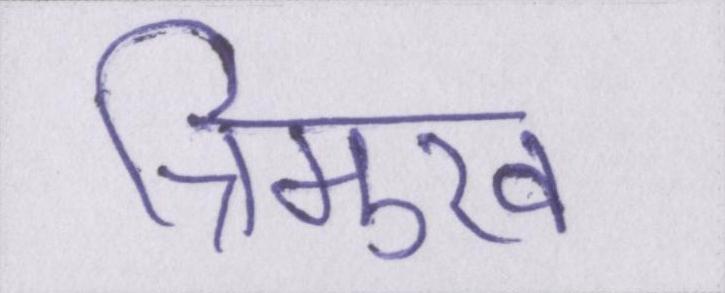
त्रिमुख